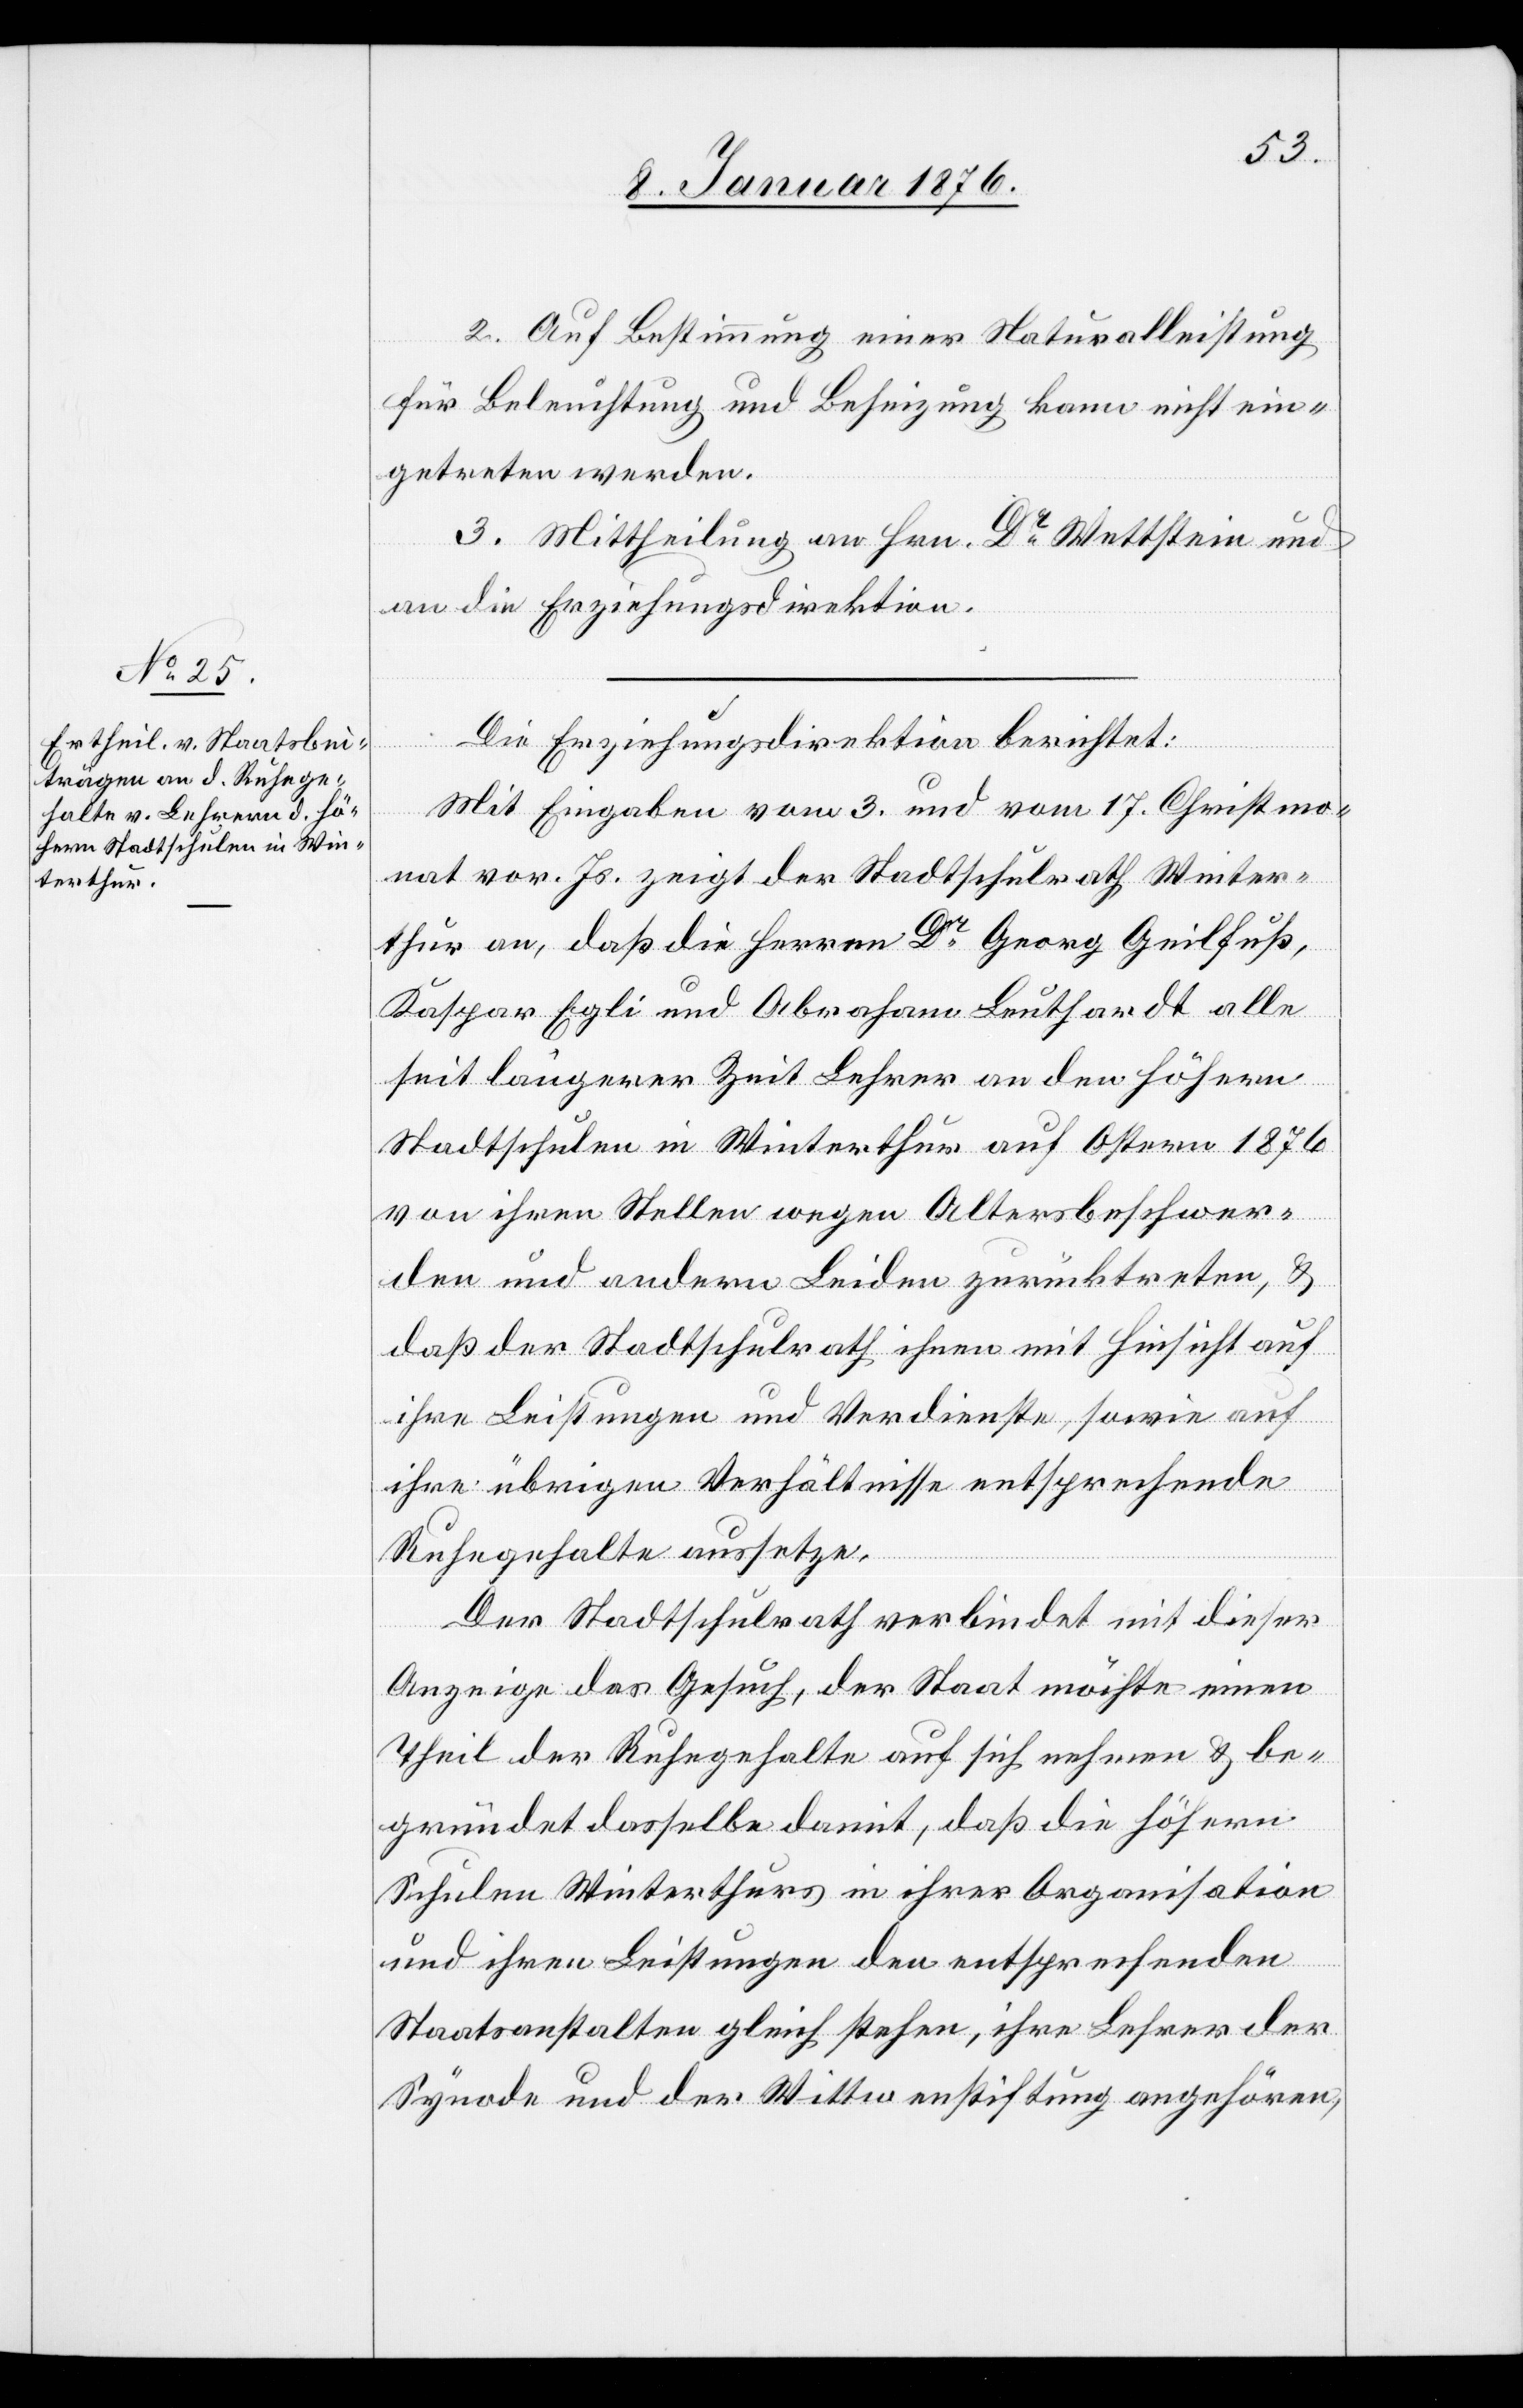
2. Auf Bestimmung einer Naturalleistung
für Beleuchtung und Beheizung kann nicht ein¬
getreten werden.
3. Mittheilung an Hrn. Dr. Wettstein und
an die Erziehungsdirektion.
Die Erziehungsdirektion berichtet:
Mit Eingabe vom 3. und vom 17. Christmo¬
nat vor. Js. zeigt der Stadtschulrath Winter¬
thur an, daß die Herren Dr. Georg Geilfuß,
Kaspar Egli und Abraham Leuthardt alle
seit längerer Zeit Lehrer an den höhern
Stadtschulen in Winterthur auf Ostern 1876
von ihren Stellen wegen Altersbeschwer¬
den und andern Leiden zurücktreten, u.
daß der Stadtschulrath ihnen mit Hinsicht auf
ihre Leistungen und Verdienste, sowie auf
ihre übrigen Verhältnisse entsprechende
Ruhegehalte aussetze.
Der Stadtschulrath verbindet mit dieser
Anzeige das Gesuch, der Staat möchte einen
Theil der Ruhegehalte auf sich nehmen u. be¬
gründet dasselbe damit, daß die höhern
Schulen Winterthurs in ihrer Organisation
und ihren Leistungen den entsprechenden
Staatsanstalten gleich stehen, ihre Lehrer der
Synode und der Wittwenstiftung angehören,